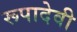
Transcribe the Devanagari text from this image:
रूपादेवी